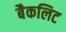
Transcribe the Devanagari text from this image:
बैकलिट